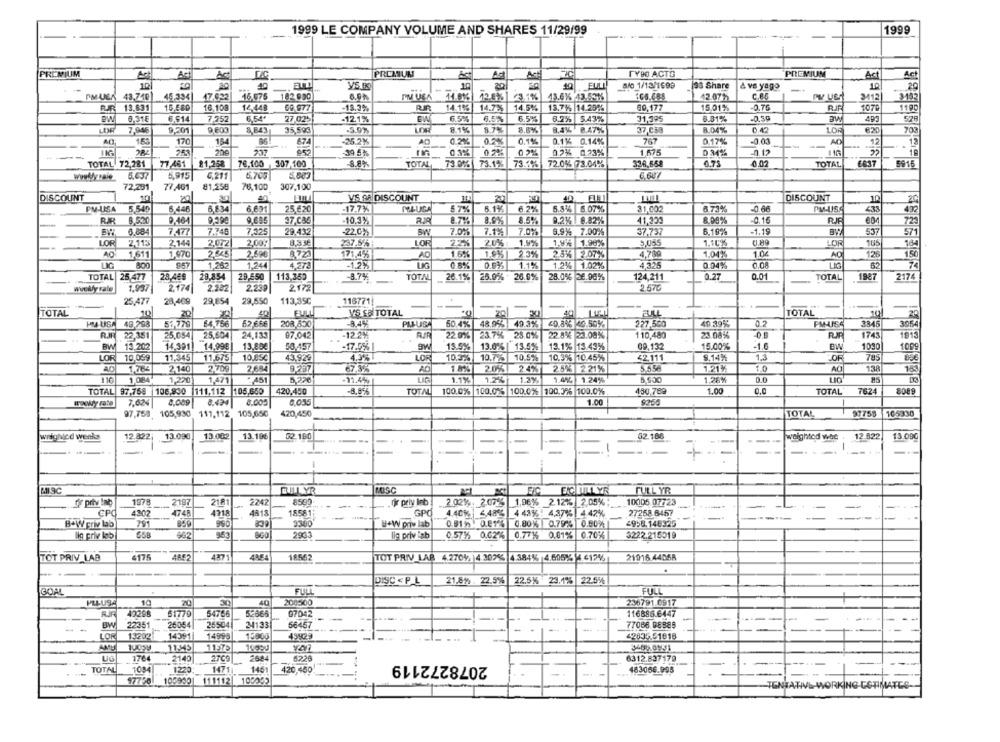
1999
1999 LE COMPANY VOLUME AND SHARES 11/29/99
PREMIUM
Ad
PREMIUM
Act
TYPO ACTO
PREMIUM
Ac
Act
10
yS. R
10
20
a/0 1/13/1698
198 Share
& vs yago
-+
10
PM LEK 43,740
45.334
47.022
16.675
182.990
6.9%
74.8%
12.8%|
23.1%
43.6% 43.53%
165.685
12.07%)
C.8.5
3112
3182
FJR 13.631
15.580
16,108
12.44B
69.977
-18.3%
RIR
14.10%|
14.72%
14.5%
13.7%5 |14.25%
80,177
15.01%
-0.75
1070
1190
ew
0,31E
6.$14
7.952
6.54*
27.02₺
-12.1%
EW
6.5%
6.5%
6.5%
6.2% |5.43%
31,395
8.81%
-0,59
aw
LOF
7,946
9.501
9.600
8.843
35,593
-5.9%
81%
8.44 8.47%
37,C58
8.04%
0.42
LDA
70
170
154
674
-25.2%
AD
0.2%
0.1%
0.1% 0.14%
767
0.17%
-0.03
AD
12
---
DB2 253
20c
-39.5%
03%
02%
0.2% 0.23%
1,675
0 34%
-0.12
22
10
TOTAL 72,281 77.461
81,258
78,100 307,100
8.8%
TOTAL 73.0% 73.1%
73.1%
72.0% 73.04%
6.75
0.02
TOTAL
6617
5916
woolly sale
5.637
5,915
C.211
6.705
81,258
72.291
77.461
76,100
307,100
DISCOUNT
20
VIS AR DISCOUNT
DISCOUNT
6.446
6.834
25.620
17.7%
PELUSA
67%
6.1%
6.2%
6.84 6.07%
31.00€
673%
-0.66
DW-USA
433
PM-USA
5.540
6.631
8,520
9.464
9,59€
17.086
10.3%
8.9%%
8.5%
9.2% 8.82%
41,333
8,00%
-0.16
723
6.884
7.477
7.748
7,325
29.432
-22.0%
BW
7.0%
7.1%
7.0%
6,9%- 7.00%
37.737
6.19%
-1.19
537
571
LOR
2.113
2.144
2.072
2,00%
8.3.₺
237.89
LOR
22%
20%:
1.9%
1.9% 1.98%
3,055
1.10%
LOR
105
184
AO
16%
4.780
1.04
126
1,611
1,970
2.845
2.596
171.4%
1.9%| 2.3%
2.5% 2.07%
1.04%
150
800
1.252
1,244
4,27ª
-1.2%
LIG
0.8%
0.0%
1.2% 1.02%
4.325
0.04%
0.08
TOTAL 25 477
28,469
29,854
20,550
113,350
-8.74
TOTAL
26.1%
26.0% - 26.0%
28.0% 36.06%%
124,211
0.27
0.01
TOTAL
1987
2174
wwewyrale
1,997
2.174
2.202
2.239
2172
2.570
25,477
28,409
29,654
29,550
113,35℃
116771
--
TOTAL
10
20
TOTAL
10
20
40
FULL
VS ES TOTAL
FULL
PM-USA 49 798
51,779
64.756
62,666
208,550
8.4%
PMLUSA
50.4%
48.953. 49.3%
60.8% 49.50%
227,500
49.39%%
0.2
PM-USS
3845
3964
-12 2%
22.0%
22.8% 23.08%
110,480
23.08%
1745
1913
..
RJF 22,351
25,054
25,604
24,133
97,042
23.7% 28.0%
BW 13.202
14.301)
14,99€
13,80€
58,457
17.5% |
9V
19.5%
13.0% | 13.5%
13.1% 13.43%
09,132
15.00%
-1.0
BW
1030
1009
LOR 10,059
11.345
11.675
10,850
43.929
4.3%
10.3%
10.5%
10.3% 10.45%
42.111
9.14%
1.3
OF
785
LOR
10.7%
1,766
2.140
2,709
2.684
9.237
67.3%
AO
1.8%
2.0%
2.4%
2.5% 221%
5.5.58
1.21%
138
1,084
1,220
1.471
1.1%
1.3%
1.4% 1.24%
1.26%
5,20
11.4%
1.2%
TOTAL 97.758 106.930 111.112 105,650
420,450
TOTAL
100.0% 100.0% 100.0% 100.396 100,0%
430,789
1.00
0.0
TOTAL'
7624
8089
8.434
8.00
1.00
7.624
4,009
9250
97,758 105,930 111,112, 105,650
420,450
TOTAL
97758
105330
wwsighed wenke
12.822; 13.090
13.002
13.196
52.150
weightod wee
12 822
13.090
--
-
DILYR
MOISC
FIC ECULLYR
FULL YR
Or priv lap
1978
2197
2181
2242
8509
fir priv Inb
2 02%. 2.075
1,96% 2.12% 2.05%:
10005 07723
CPC
4202
4748
4318
4818
18581
GPO
4.40% |4,48
4 43%! 4,37% 4.42%
27258 8457
B+W priv lab
291
859
990
2300
B+W priv lab
0.912. 0.01%
0.80% 0.79%
0.00%1
4958.148325
lig priv løb
353
2933
lig priv isb
0.571 0.02%
0.77%6 0.01%
0.70%
3222.216019
4175
4371
4364
18562
TOT PRIV LAR 4.270% 14.302% 4.384% 4.605% ¥ 412%
21916.4405R
TOT PRIV LAB
DISC < P_L
21.8%% . 22.5% 22.5% 23.1% 22.5%%
GOAL
FULL
FULL
PLLUSA
10
20
30
40
200500
236791.0917
42298
61779
64766
52666
07042
116886.6447
BW
26054
25504
24133
77086 98888
22351
56467
LOR
13202
14391
14998
155.60
49923
42835.51818
AME
11,345
UG
1764
2140
2709
2684
5220
2078272119
6312.837179
---
TOTAL
1084
1220
1471
1451
420,450
--
463066.995
977.50
100990
111112| 103239
TENTATIVE-WORKING-COTIMATES --